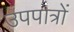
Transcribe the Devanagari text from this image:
उपपात्रों